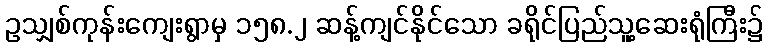
ဥသျှစ်ကုန်းကျေးရွာမှ ၁၅၈.၂ ဆန့်ကျင်နိုင်သော ခရိုင်ပြည်သူ့ဆေးရုံကြီး၌